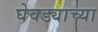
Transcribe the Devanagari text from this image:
घेवड्याच्या